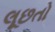
લૂછતો